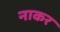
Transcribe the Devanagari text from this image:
नाकर